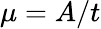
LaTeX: \mu=A/t